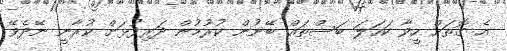
އެ ގޮތަށް ހީވާ ކަހަލަ ބަސްތައް ބޭނުން ކުރުމުން ދަރިފުޅަށް ކުރާނީ ނޭދެވޭ